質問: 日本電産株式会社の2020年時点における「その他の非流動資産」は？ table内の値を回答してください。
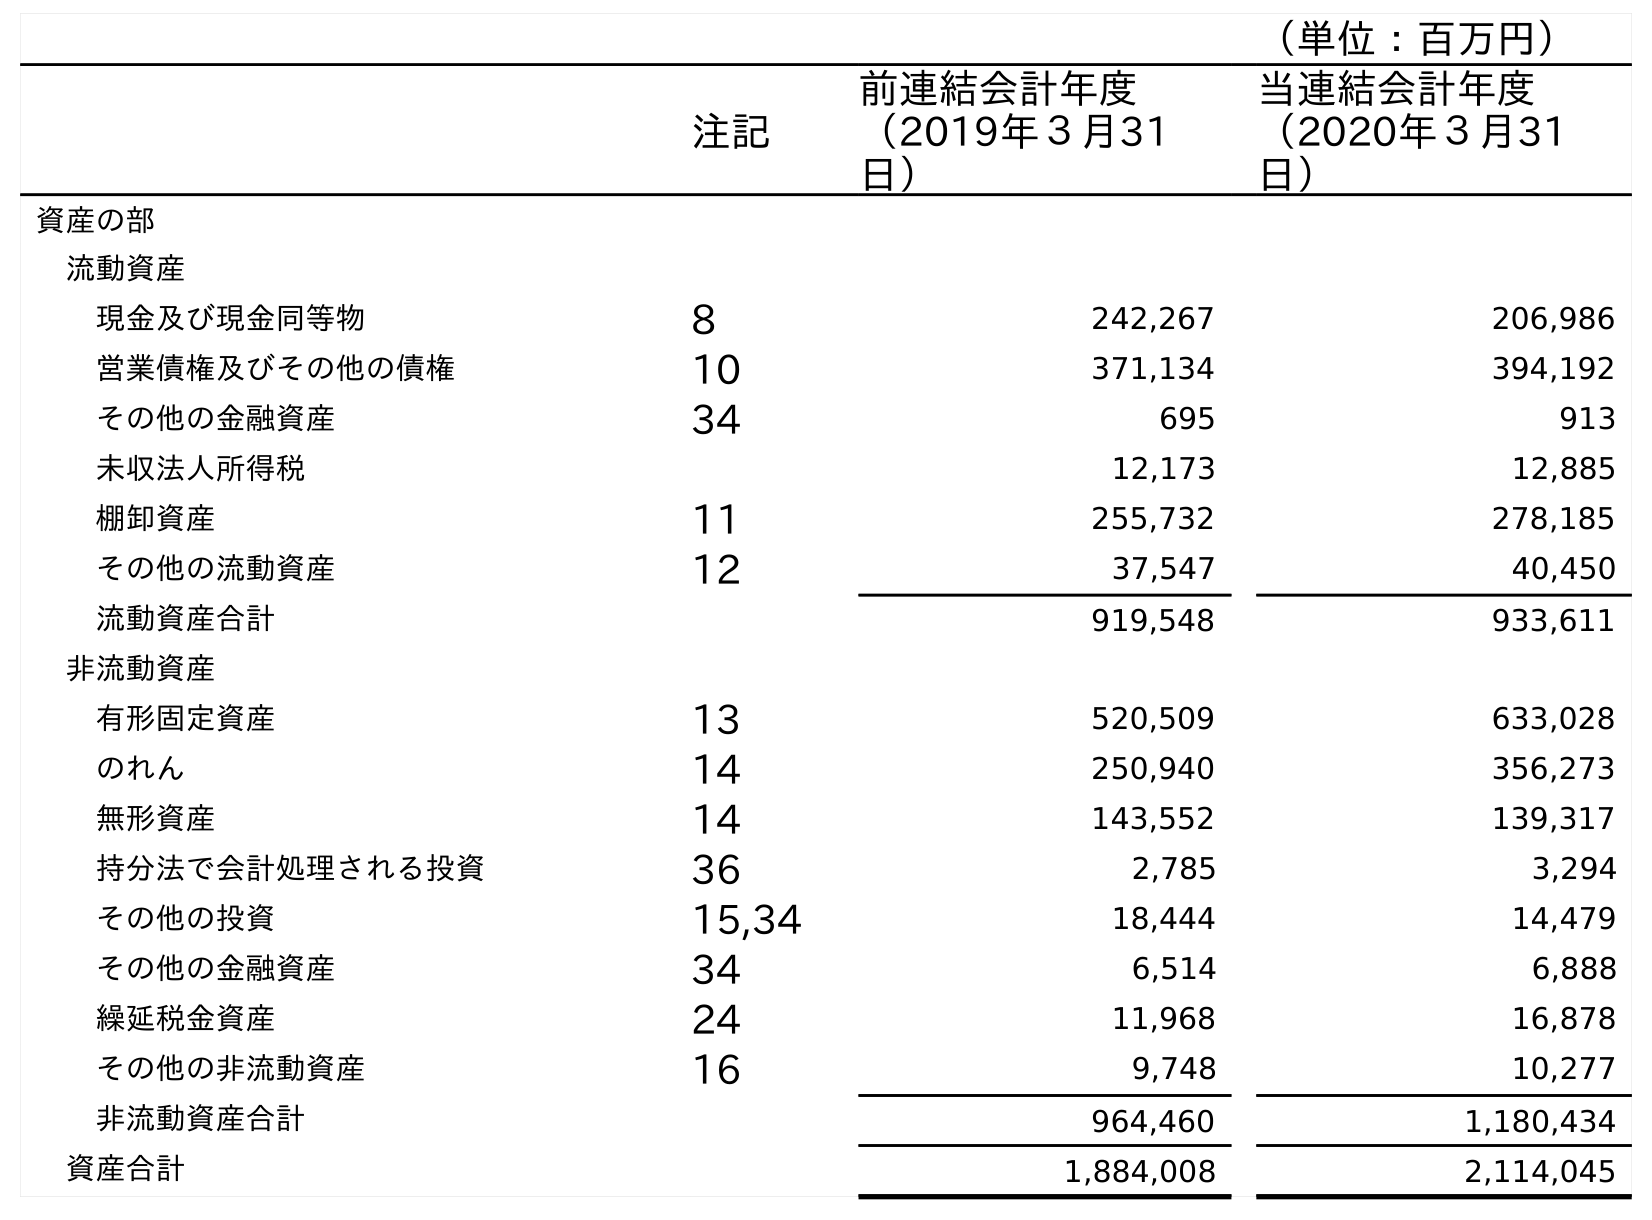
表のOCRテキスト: （単位：百万円） 注記 前連結会計年度 （2019年３月31 日） 当連結会計年度 （2020年３月31 日） 資産の部 流動資産 現金及び現金同等物 8 242,267 206,986 営業債権及びその他の債権 10 371,134 394,192 その他の金融資産 34 695 913 未収法人所得税 12,173 12,885 棚卸資産 11 255,732 278,185 その他の流動資産 12 37,547 40,450 流動資産合計 919,548 933,611 非流動資産 有形固定資産 13 520,509 633,028 のれん 14 250,940 356,273 無形資産 14 143,552 139,317 持分法で会計処理される投資 36 2,785 3,294 その他の投資 15,34 18,444 14,479 その他の金融資産 34 6,514 6,888 繰延税金資産 24 11,968 16,878 その他の非流動資産 16 9,748 10,277 非流動資産合計 964,460 1,180,434 資産合計 1,884,008 2,114,045
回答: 10,277